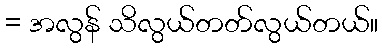
= အလွန် သိလွယ်တတ်လွယ်တယ်။